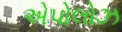
એપોલોઝ